Indian journal of veterinary science and animal husbandry - Volumes 18-21, 1948-1951
Year: 1948
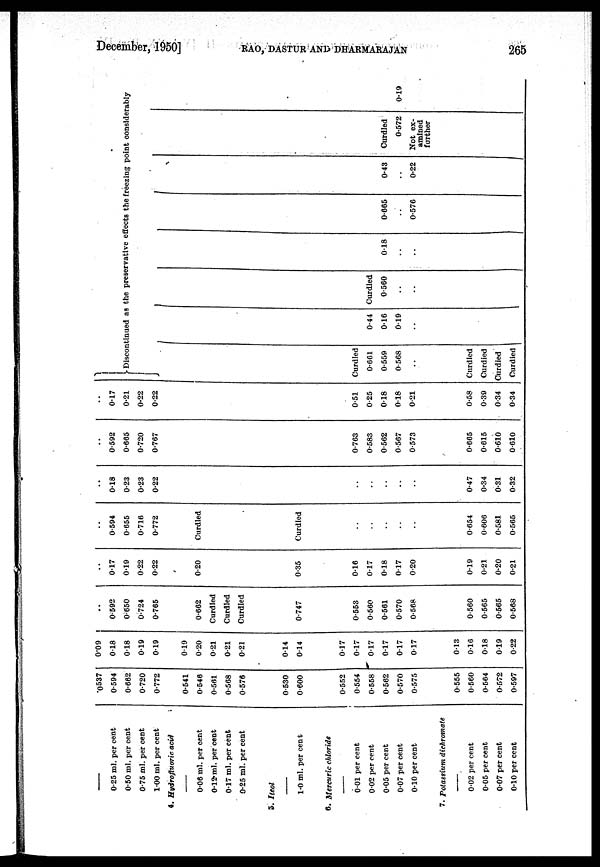
December, 1950]
RAO,
DASTUR
AND
DHARMARAJAN
265
—
0.25 ml. per cent
0.50 ml. per cent
0.75 ml. per cent
1.00 ml. per cent
4. Hydrofluoric acid
—
0.06 ml. per cent
0.12 ml. per cent
0.17 ml. per cent
0.25 ml. per cent
3. Iteol
—
1.0 ml. per cent
5. Mercuric chloride
—
0.01 per cent
0.02 per cent
0.05 per cent
0.07 per cent
0.10 per cent
7. Potasrium dichromate
—
0.02 per cent
0.05 per cent
0.07 per cent
0.10 per cent
0537
0.594
0.662
0.720
0.772
0.541
0.546
0.561
0.568
0.576
0.530
0.600
0.552
0.554
0.558
0.562
0.570
0.575
0.555
0.560
0.564
0.572
0.597
0.09
0.18
0.18
0.19
0.19
019
0.20
0.21
0.21
0.21
0.14
0.14
0.17
0.17
0.17
0.17
0.17
0.17
0.13
0.16
0.18
0.19
0.22
..
0.592
0.650
0.724
0.765
0.662
Curdled
Curdled
Curdled
0.747
0.553
0.560
0.561
0.570
0.568
0.560
0.565
0.565
0.568
..
0.17
0.19
0.22
0.22
0.20
0.35
0.16
0.17
0.18
0.17
0.20
0.19
0.21
0.20
0.21
..
0.594
0.655
0.716
0.772
Curdled
Curdled
..
..
..
..
0.654
0.606
0.581
0.565
..
0.18
0.23
0.23
0.22
..
..
..
..
..
0.47
0.34
0.31
0.32
..
0.592
0.665
0.720
0.767
0.763
0.583
0.562
0.567
0.573
0.665
0.615
0.610
0.610
..
0.17
0.21
0.22
0.22
0.51
0.25
0.18
0.18
0.21
0.58
0.39
0.34
0.34
Discontinued as the preservative effects the freezing point considerably
Curdled
0.661
0.559
0.568
..
Curdled
Curdled
Curdled
Curdled
0.44
016
0.19
..
Curdled
0.560
..
..
0.18
..
..
0.665
..
0.576
0.43
..
0.22
Curdled
0.572
Not ex-
amined
further
0.19